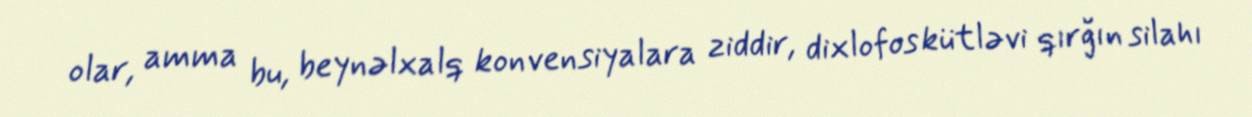
olar, amma bu, beynəlxalq konvensiyalara ziddir, dixlofos kütləvi qırğın silahı